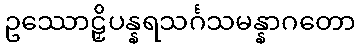
ဥဿောဠှိပန္နရသင်္ဂသမန္နာဂတော